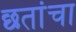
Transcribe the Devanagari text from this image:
छतांचा